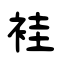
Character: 袿